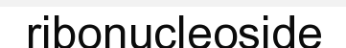
ribonucleoside